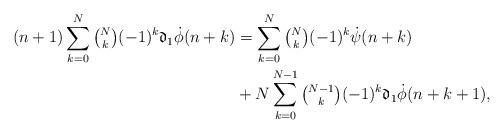
LaTeX: \begin{align*}(n+1)\sum_{k=0}^{N}\tbinom{N}{k}(-1)^{k}\mathfrak{d}_1\dot{\phi}(n+k)&=\sum_{k=0}^N\tbinom{N}{k}(-1)^k\dot{\psi}(n+k)\\&+ N\sum_{k=0}^{N-1}\tbinom{N-1}{k}(-1)^k\mathfrak{d}_1\dot{\phi}(n+k+1),\end{align*}